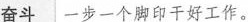
奋斗